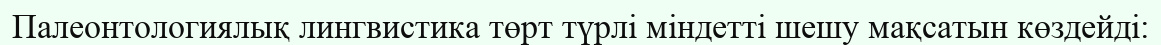
Палеонтологиялық лингвистика төрт түрлі міндетті шешу мақсатын көздейді: